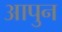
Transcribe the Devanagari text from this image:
आपुन